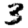
Digit: 3